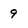
Character: 9